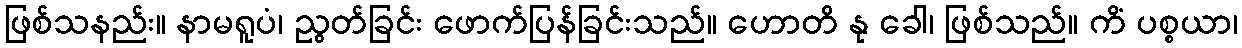
ဖြစ်သနည်း။ နာမရူပံ၊ ညွတ်ခြင်း ဖောက်ပြန်ခြင်းသည်။ ဟောတိ နု ခေါ၊ ဖြစ်သည်။ ကိံ ပစ္စယာ၊